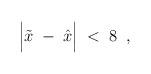
LaTeX: \begin{align*}\Big| \tilde{x} \; - \; \hat{x} \Big| \; < \; 8 \; \; ,\end{align*}